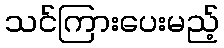
သင်ကြားပေးမည့်